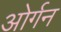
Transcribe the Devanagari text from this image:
ओर्गन